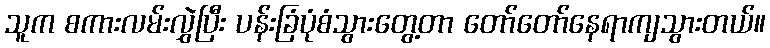
သူက စကားလမ်းလွှဲပြီး ပန်းခြံပုံစံသွားတွေ့တာ တော်တော်နေရာကျသွားတယ်။